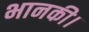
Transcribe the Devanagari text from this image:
भानकी।